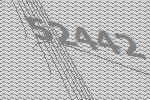
52442